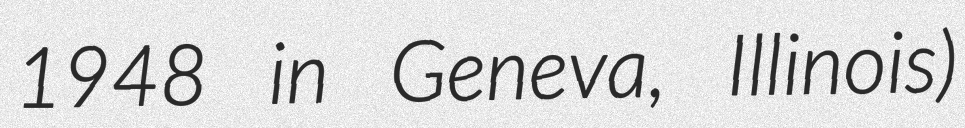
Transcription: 1948 in Geneva, Illinois)